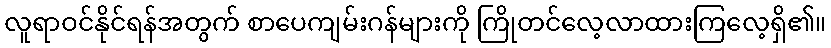
လူရာဝင်နိုင်ရန်အတွက် စာပေကျမ်းဂန်များကို ကြိုတင်လေ့လာထားကြလေ့ရှိ၏။